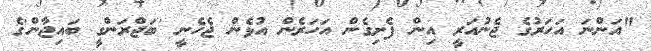
"އަންނަ އަހަރުގެ ޖެނުއަރީ އިން ފެށިގެން އަހަރެން އުޅެން ޖެހެނީ 'ބަޖްރަންގީ ބައިޖާން'ގެ